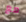
مع